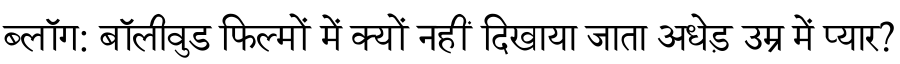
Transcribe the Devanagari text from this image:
ब्लॉग: बॉलीवुड फिल्मों में क्यों नहीं दिखाया जाता अधेड़ उम्र में प्यार?